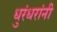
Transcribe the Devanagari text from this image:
धुरंधरांनी